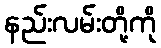
နည်းလမ်းတို့ကို